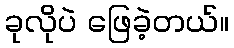
ခုလိုပဲ ဖြေခဲ့တယ်။